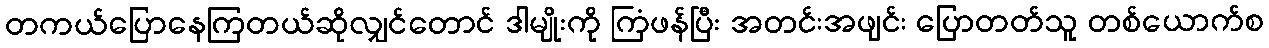
တကယ်ပြောနေကြတယ်ဆိုလျှင်တောင် ဒါမျိုးကို ကြံဖန်ပြီး အတင်းအဖျင်း ပြောတတ်သူ တစ်ယောက်စ